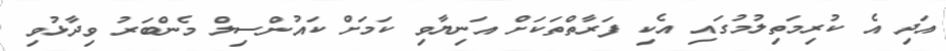
އަދި އެ ކުރިމަތިލުމުގައި އެކި ފަރާތްތަކަށް އަނިޔާވި ކަމަށް ކައުންސިލް މެންބަރު ވިދާޅުވި